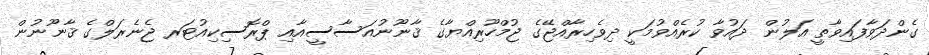
ގެންދަވާފައިވާތީ އަލުން ދައުވާ ކުރެއްވުމަކީ ދިވެހިރާއްޖޭގެ ޖުމްހޫރިއްޔާގެ ޤާނޫނުއަސާސީއާއި ޕްރޮސިކިއުޓަރ ޖެނެރަލްގެ ޤާނޫނުން